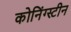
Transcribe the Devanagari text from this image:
कोनिंग्स्टीन